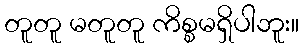
တူတူ မတူတူ ကိစ္စမရှိပါဘူး။